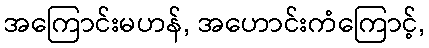
အကြောင်းမဟန်, အဟောင်းကံကြောင့်,